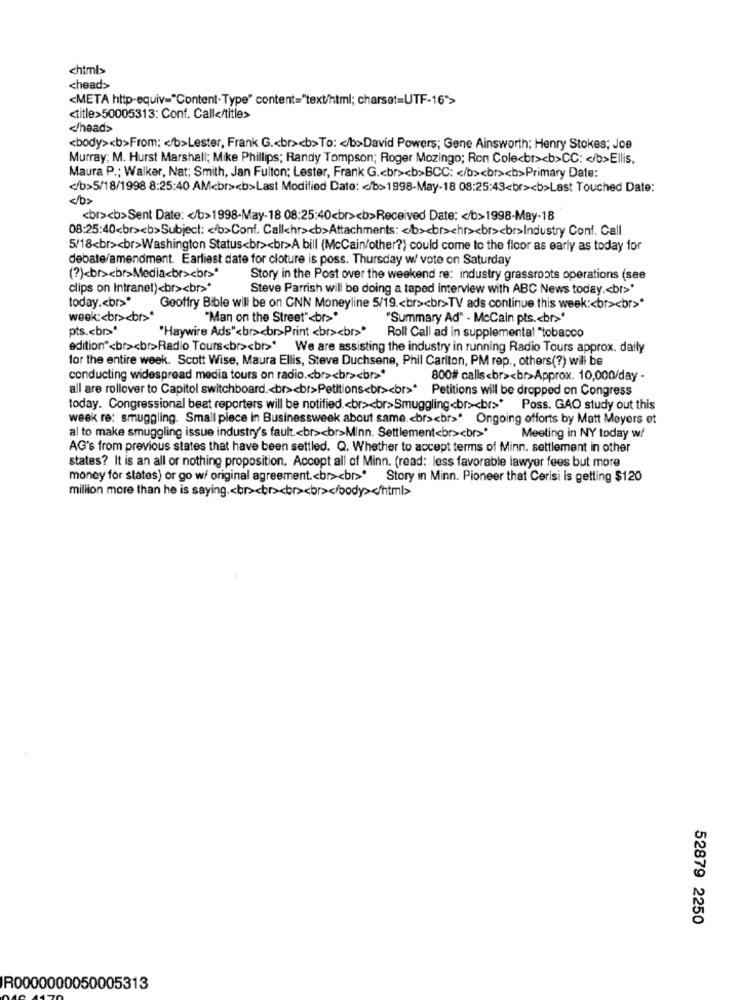
chimb
<head>
<META http-equiv="Content-Type" content="text/html; charset=UTF-16">
<title>50005313: Conf. Call</title>
</head>
<body><b>From: < /b>Lester, Frank G .< br><b>To: < /b>David Powers; Gene Ainsworth; Henry Stokes; Joe
Murray: M. Hurst Marshall; Mike Phillips; Randy Tompson; Roger Mozingo; Ron Cole<br><b>CC: < /b>Ellis,
Maura P .; Walker, Nat; Smith, Jan Fulton; Lester, Frank G .< br><b>BCC: < /b><br><b>Primary Date:
</b>5/18/1998 8:25:40 AM<br><b>Last Modified Date: < /b>1998-May-18 08:25:43<br><b>Last Touched Date:
<br><b>Sent Date: < /b>1998-May-18 08:25:40<br><b>Received Date: < /b>1998-May-18
08:25:40<br><b>Subject: < /b>Conf. Callchr><b>Attachments: < b><br>chr><br><br>Industry Conf. Call
5/18<br><br>Washington Status<br><br>A bill (McCain/other?) could come to the floor as early as today for
debate/amendment. Earliest date for cloture is poss. Thursday w/ vote on Saturday
(?)<br><br>Media<br><br>ª
Story in the Post over the weekend re: industry grassroots operations (see
clips on Intranet)<br><br>*
Steve Parrish will be doing a taped interview with ABC News today .< br>'
today .< br>"
Geoffry Bible will be on CNN Moneyline 5/19 .< br><br>TV ads continue this week :< br><br>"
week :< br><br>
"Man on the Street"<br>"
"Summary Ad" - McCain pts .< br>'
pts .< br>*
"Haywire Ads"<br><br>Print <br><br>
Roll Call ad in supplemental "tobacco
edition"<br><br>Radio Tours<br><br>' We are assisting the industry in running Radio Tours approx. daily
for the entire week. Scott Wise, Maura Ellis, Steve Duchsene, Phil Carlton, PM rep ., others(?) will be
conducting widespread media tours on radio .< br><br><br>
800# calls<br><br>Approx. 10,000/day -
all are rollover to Capitol switchboard .< br><br>Petitions<br><br>* Petitions will be dropped on Congress
today. Congressional beat reporters will be notified .< br><br>Smuggling<br><br>*
Poss. GAO study out this
week re: smuggling. Small piece in Businessweek about same .< br><br>* Ongoing offorts by Matt Meyers et
al to make smuggling issue industry's fault .< br><br>Minn. Settlement<br><br>
Meeting in NY today w!
AG's from previous states that have been settled. Q. Whether to accept terms of Minn. settlement in other
states? It is an all or nothing proposition. Accept all of Minn. (read: less favorable lawyer fees but more
money for states) or go w/ original agreement .< br><br> Story in Minn. Pioneer that Cerisi is getting $120
million more than he is saying .< br><br><br><br></body></html>
52879 2250
R0000000050005313